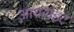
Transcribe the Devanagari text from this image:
आयराइट